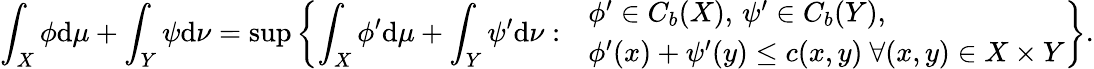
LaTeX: \int_{X}\phi\mathrm{d}\mu+\int_{Y}\psi\mathrm{d}\nu=\operatorname*{sup}\left\{ \int_{X}\phi^{\prime}\mathrm{d}\mu+\int_{Y}\psi^{\prime}\mathrm{d}\nu:\begin{array}{rl}&{\phi^{\prime}\in C_{b}(X),\, \psi^{\prime}\in C_{b}(Y),}\\ &{\phi^{\prime}(x)+\psi^{\prime}(y)\leq c(x,y)\ \forall(x,y)\in X\times Y}\end{array}\right\} .